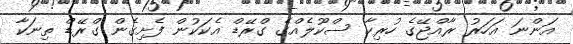
އަންނަ އަހަރު ރާއްޖޭގެ ހުރިހާ ސްކޫލެއްގެ ގްރޭޑް އެކަކުން ފެށިގެން ގްރޭޑް ތިނަކާ